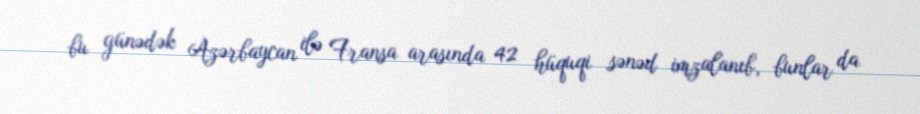
bu günədək Azərbaycan ilə Fransa arasında 42 hüquqi sənəd imzalanıb, bunlar da